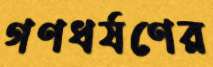
গণধর্ষণের